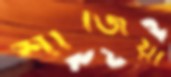
শাজিয়া